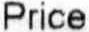
PRICE